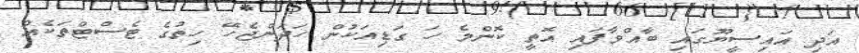
އަދި އައިސީޔޫގައި ބާއްވާފައި އޮތީ ކޮންމެ ހަ ގަޑިއަކުން ހަދަންޖެހޭ ހިތުގެ ޓެސްޓްތަކެއް